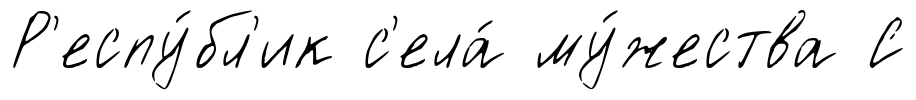
Р'еспу́бл'ик с'ела́ му́жества С